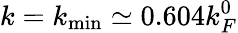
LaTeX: k=k_{\mathrm{min}}\simeq 0.604k_{F}^{0}